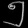
Digit: ၅